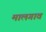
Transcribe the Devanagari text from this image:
मालगाव